system: You are a helpful assistant.
user:
Analyze the provided spectrum to determine if it is a **"Cataclysmic Variables (CV)"**.

- **Key Indicators for CV (Check for either state):**
    - **State 1: Quiescent / Low-State (Emission-Dominated)**
        - **(Primary):** Strong and *very broad* Hydrogen Balmer emission lines (e.g., $H\alpha$ at 6563 Å, $H\beta$ at 4861 Å). The 'broadness' (high velocity dispersion, often FWHM > 1000 km/s) is the key diagnostic, indicating a high-velocity accretion disk.
        - **(Secondary):** Broad neutral Helium (He I) emission lines (e.g., 5876 Å, 6678 Å).
        - **(Key Confirmation):** Presence of high-excitation *ionized* Helium (He II) emission at 4686 Å. This is a strong indicator of accretion onto a white dwarf.
        - **(Line Profile):** Emission lines may exhibit a 'double-peaked' profile, which is a classic signature of a rotating accretion disk viewed at high inclination.

    - **State 2: Outburst / High-State (Absorption-Dominated)**
        - **(Primary):** Spectrum is dominated by a bright, blue continuum (looks like a hot star).
        - **(Secondary):** The emission lines from State 1 are weak, absent, or 'filled in', and are replaced by broad, shallow *absorption* lines (primarily Balmer and He I).
        - **(Morphology):** The overall spectrum mimics a hot B/A-type star. The crucial difference is that the absorption lines are significantly broader, shallower, and more 'washed-out' (or 'smeared') than the sharp lines of a normal stellar photosphere, due to high rotational speeds and pressure broadening in the disk.

Think first, call **spectral_visualization_tool** if needed to examine features in detail, then provide your final answer. Your response must adhere to the following strict rules:
1.  **Overall Structure:** Your response must follow the format `<think>...</think> <tool_call>...</tool_call> (if a tool is used) <answer>...</answer>`.
2.  **Tool Usage Constraint:** You may only make **one** tool call per turn.
3.  **Final Answer Format:** In the `<answer>` tag, your conclusion must be inside a `\boxed{}` command (e.g., `\boxed{YES}`), followed by your justification.

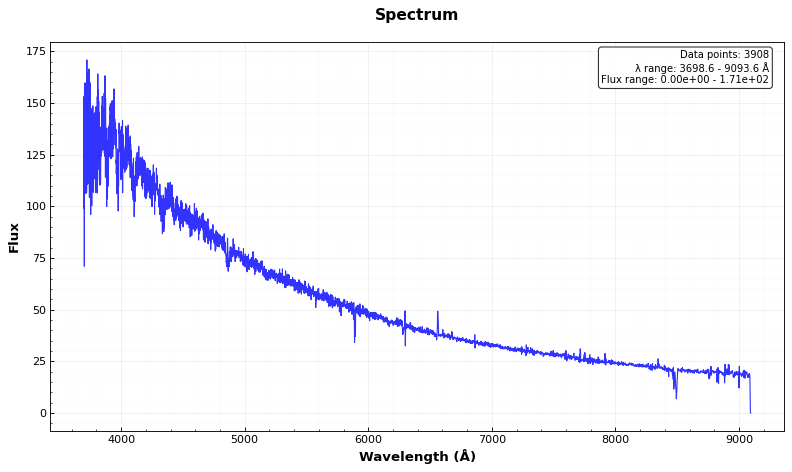
Answer: YES